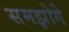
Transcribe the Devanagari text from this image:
समझोगे